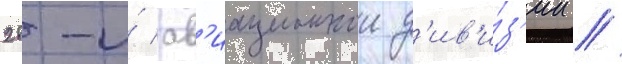
28-и́ ав'иационнои д'ив'и́з'ии //